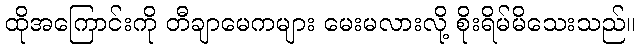
ထိုအကြောင်းကို တီချာမေကများ မေးမလားလို့ စိုးရိမ်မိသေးသည်။